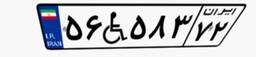
۶۳W۲۲۳۲۰